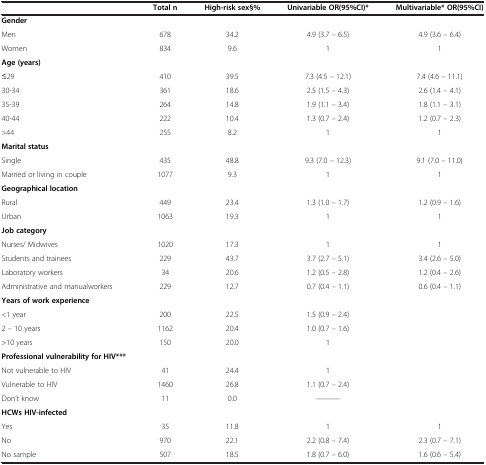
<table><thead><tr><td><b> </b></td><td><b>Total n</b></td><td><b>High-risk sex§%</b></td><td><b>Univariable OR(95%CI)*</b></td><td><b>Multivariable* OR(95%CI)</b></td></tr></thead><tbody><tr><td><b>Gender</b></td><td> </td><td> </td><td> </td><td> </td></tr><tr><td>Men</td><td>678</td><td>34.2</td><td>4.9 (3.7 – 6.5)</td><td>4.9 (3.6 – 6.4)</td></tr><tr><td>Women</td><td>834</td><td>9.6</td><td>1</td><td>1</td></tr><tr><td><b>Age (years)</b></td><td> </td><td> </td><td> </td><td> </td></tr><tr><td>≤29</td><td>410</td><td>39.5</td><td>7.3 (4.5 – 12.1)</td><td>7.4 (4.6 – 11.1)</td></tr><tr><td>30-34</td><td>361</td><td>18.6</td><td>2.5 (1.5 – 4.3)</td><td>2.6 (1.4 – 4.1)</td></tr><tr><td>35-39</td><td>264</td><td>14.8</td><td>1.9 (1.1 – 3.4)</td><td>1.8 (1.1 – 3.1)</td></tr><tr><td>40-44</td><td>222</td><td>10.4</td><td>1.3 (0.7 – 2.4)</td><td>1.2 (0.7 – 2.3)</td></tr><tr><td>&gt;44</td><td>255</td><td>8.2</td><td>1</td><td>1</td></tr><tr><td><b>Marital status</b></td><td> </td><td> </td><td> </td><td> </td></tr><tr><td>Single</td><td>435</td><td>48.8</td><td>9.3 (7.0 – 12.3)</td><td>9.1 (7.0 – 11.0)</td></tr><tr><td>Married or living in couple</td><td>1077</td><td>9.3</td><td>1</td><td>1</td></tr><tr><td><b>Geographical location</b></td><td> </td><td> </td><td> </td><td> </td></tr><tr><td>Rural</td><td>449</td><td>23.4</td><td>1.3 (1.0 – 1.7)</td><td>1.2 (0.9 – 1.6)</td></tr><tr><td>Urban</td><td>1063</td><td>19.3</td><td>1</td><td>1</td></tr><tr><td><b>Job category</b></td><td> </td><td> </td><td> </td><td> </td></tr><tr><td>Nurses/ Midwives</td><td>1020</td><td>17.3</td><td>1</td><td>1</td></tr><tr><td>Students and trainees</td><td>229</td><td>43.7</td><td>3.7 (2.7 – 5.1)</td><td>3.4 (2.6 – 5.0)</td></tr><tr><td>Laboratory workers</td><td>34</td><td>20.6</td><td>1.2 (0.5 – 2.8)</td><td>1.2 (0.4 – 2.6)</td></tr><tr><td>Administrative and manualworkers</td><td>229</td><td>12.7</td><td>0.7 (0.4 – 1.1)</td><td>0.6 (0.4 – 1.1)</td></tr><tr><td><b>Years of work experience</b></td><td> </td><td> </td><td> </td><td> </td></tr><tr><td>&lt;1 year</td><td>200</td><td>22.5</td><td>1.5 (0.9 – 2.4)</td><td> </td></tr><tr><td>2 – 10 years</td><td>1162</td><td>20.4</td><td>1.0 (0.7 – 1.6)</td><td> </td></tr><tr><td>&gt;10 years</td><td>150</td><td>20.0</td><td>1</td><td> </td></tr><tr><td><b>Professional vulnerability for HIV***</b></td><td> </td><td> </td><td> </td><td> </td></tr><tr><td>Not vulnerable to HIV</td><td>41</td><td>24.4</td><td>1</td><td> </td></tr><tr><td>Vulnerable to HIV</td><td>1460</td><td>26.8</td><td>1.1 (0.7 – 2.4)</td><td> </td></tr><tr><td>Don’t know</td><td>11</td><td>0.0</td><td>-----</td><td> </td></tr><tr><td><b>HCWs HIV-infected</b></td><td> </td><td> </td><td> </td><td> </td></tr><tr><td>Yes</td><td>35</td><td>11.8</td><td>1</td><td>1</td></tr><tr><td>No</td><td>970</td><td>22.1</td><td>2.2 (0.8 – 7.4)</td><td>2.3 (0.7 – 7.1)</td></tr><tr><td>No sample</td><td>507</td><td>18.5</td><td>1.8 (0.7 – 6.0)</td><td>1.6 (0.6 – 5.4)</td></tr></tbody></table>